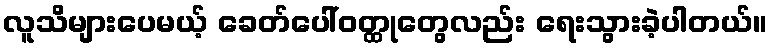
လူသိများပေမယ့် ခေတ်ပေါ်ဝတ္ထုတွေလည်း ရေးသွားခဲ့ပါတယ်။